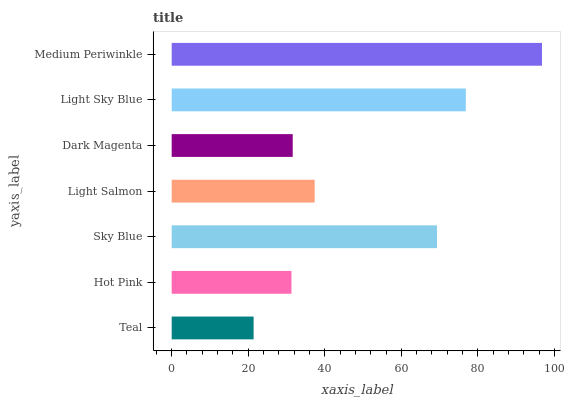
| yaxis_label | bars |
 | --- | --- |
 | Teal | 21.4 |
 | Hot Pink | 31.3 |
 | Sky Blue | 69.3 |
 | Light Salmon | 37.4 |
 | Dark Magenta | 31.6 |
 | Light Sky Blue | 76.9 |
 | Medium Periwinkle | 96.8 |